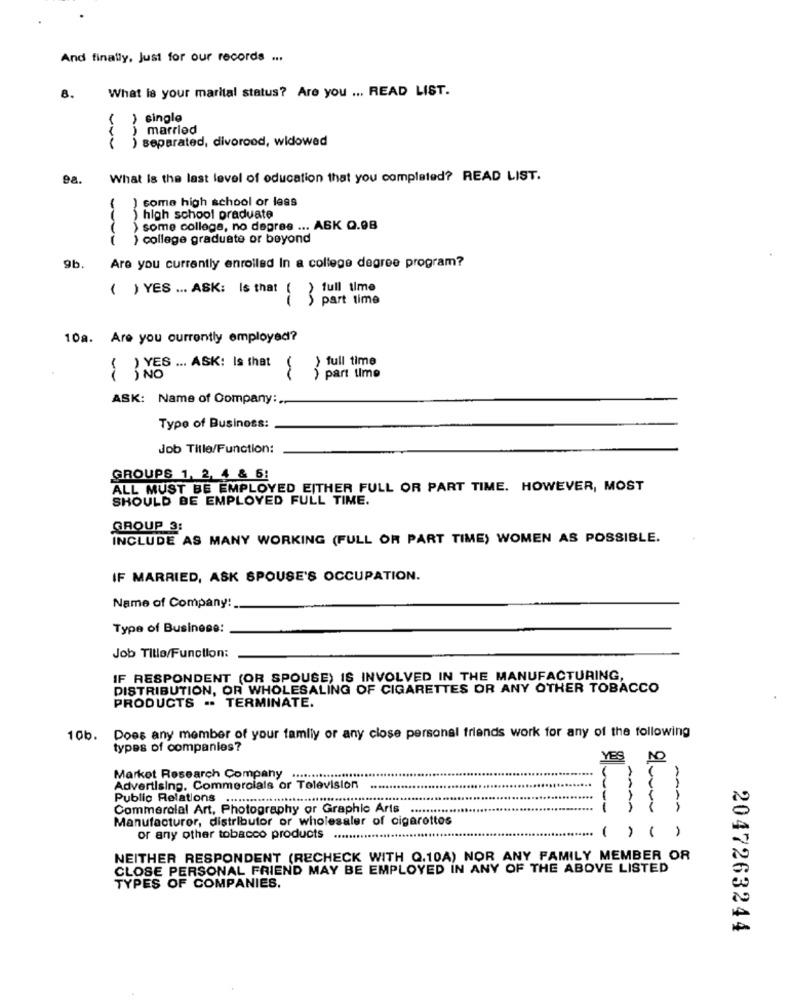
And finally, Just for our records ...
What la your marital status? Are you ... READ LIST.
8.
( ) single
) married
) separated, divorood, widowed
What Is the last level of education that you completed? READ LIST.
) some high school or less
high school praduate
some collega, no degree ... ASK Q.98
( ) college graduate or beyond
Are you currently enrolled In a college degree program?
9b.
( ) YES ... ASK: Is that ( ) full time
-
part time
10a. Are you currently employed?
> full time
( ) YES ... ASK: Is that
) part time
ASK: Name of Company:
Typo of Business:
Job Tille/Function:
GROUPS 1, 2, 4 & 6:
ALL MUST BE EMPLOYED EITHER FULL OR PART TIME. HOWEVER, MOST
SHOULD BE EMPLOYED FULL TIME.
GROUP 3:
INCLUDE AS MANY WORKING (FULL OR PART TIME) WOMEN AS POSSIBLE.
IF MARRIED, ASK SPOUSE'S OCCUPATION.
Name of Company:
Type of Business:
Job Tillo/Function:
IF RESPONDENT (OR SPOUSE) IS INVOLVED IN THE MANUFACTURING,
DISTRIBUTION, OR WHOLESALING OF CIGARETTES OR ANY OTHER TOBACCO
PRODUCTS .. TERMINATE.
10b. Does any member of your family or any close personal friends work for any of the following
types of companies?
YES
Market Research Company ..........********
Advertising, Commercials or Television
Public Relations
Commerolal Art, Photography or Graphic Arts ............
AAAA
Manufacturer, distributor or wholesaler of cigarettes
or any other tobacco products ..........................******
( ) ( )
NEITHER RESPONDENT (RECHECK WITH Q.10A) NOR ANY FAMILY MEMBER OR
CLOSE PERSONAL FRIEND MAY BE EMPLOYED IN ANY OF THE ABOVE LISTED
TYPES OF COMPANIES.
2047263244